Indian journal of veterinary science and animal husbandry - Volume 12,
Year: 1942
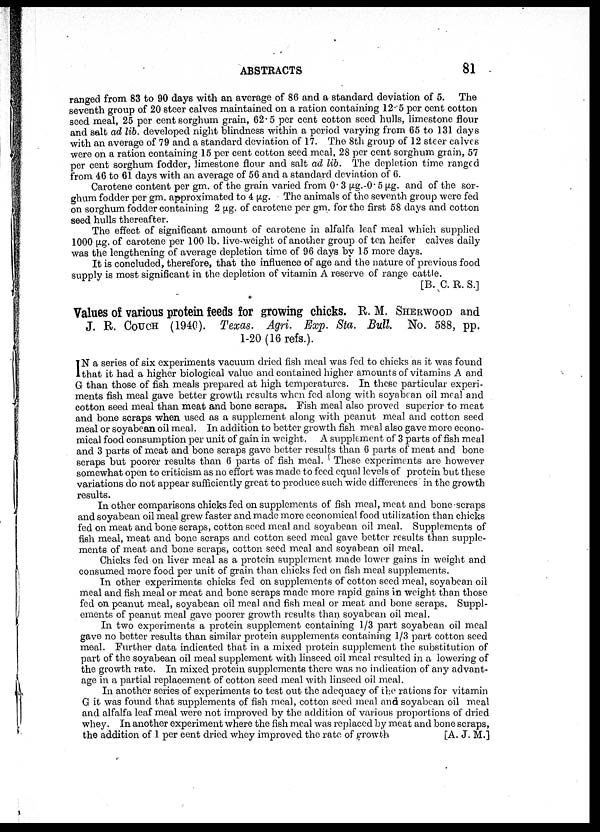
ABSTRACTS
81
ranged from 83 to 90 days with an average of 86 and a standard deviation of 5. The
seventh group of 20 steer calves maintained on a ration containing 12.5 per cent cotton
seed meal, 25 per cent sorghum grain, 62.5 per cent cotton seed hulls, limestone flour
and salt ad lib. developed night blindness within a period varying from 65 to 131 days
with an average of 79 and a standard deviation of 17. The 8th group of 12 steer calves
were on a ration containing 15 per cent cotton seed meal, 28 per cent sorghum grain, 57
per cent sorghum fodder, limestone flour and salt ad lib. The depletion time ranged
from 46 to 61 days with an average of 56 and a standard deviation of 6.
Carotene content per gm. of the grain varied from 0.3 µg.-0.5 fig. and of the sor-
ghum fodder per gm. approximated to 4 µg. The animals of the seventh group were fed
on sorghum fodder containing 2 µg. of carotene per gm. for the first 58 days and cotton
seed hulls thereafter.
The effect of significant amount of carotene in alfalfa leaf meal which supplied
1000 µg. of carotene per 100 lb. live-weight of another group of ten heifer calves daily
was the lengthening of average depletion time of 96 days by 15 more days.
It is concluded, therefore, that the influence of age and the nature of previous food
supply is most significant in the depletion of vitamin A reserve of range cattle.
[B. C. R. S.]
Values of various protein feeds for growing chicks. R. M. SHERWOOD and
J. R. COUCH (1940). Texas. Agri. Exp. Sta. Bull. No. 588, pp.
1-20 (16 refs.).
I N a series of six experiments vacuum dried fish meal was fed to chicks as it was found
that it had a higher biological value and contained higher amounts of vitamins A and
G than those of fish meals prepared at high temperatures. In these particular experi-
ments fish meal gave better growth results when fed along with soyabean oil meal and
cotton seed meal than meat and bone scraps. Fish meal also proved superior to meat
and bone scraps when used as a supplement along with peanut meal and cotton seed
meal or soyabean oil meal. In addition to better growth fish meal also gave more econo-
mical food consumption per unit of gain in weight. A supplement of 3 parts of fish meal
and 3 parts of meat and bone scraps gave better results than 6 parts of meat and bone
scraps but poorer results than 6 parts of fish meal. These experiments are however
somewhat open to criticism as no effort was made to feed equal levels of protein but these
variations do not appear sufficiently great to produce such wide differences in the growth
results.
In other comparisons chicks fed on supplements of fish meal, meat and bone scraps
and soyabean oil meal grew faster and made more economical food utilization than chicks
fed on meat and bone scraps, cotton seed meal and soyabean oil meal. Supplements of
fish meal, meat and bone scraps and cotton seed meal gave better results than supple-
ments of meat and bone scraps, cotton seed meal and soyabean oil meal.
Chicks fed on liver meal as a protein supplement made lower gains in weight and
consumed more food per unit of grain than chicks fed on fish meal supplements.
In other experiments chicks fed on supplements of cotton seed meal, soyabean oil
meal and fish meal or meat and bone scraps made more rapid gains in weight than those
fed on peanut meal, soyabean oil meal and fish meal or meat and bone scraps. Suppl-
ements of peanut meal gave poorer growth results than soyabean oil meal.
In two experiments a protein supplement containing 1/3 part soyabean oil meal
gave no better results than similar protein supplements containing 1/3 part cotton seed
meal. Further data indicated that in a mixed protein supplement the substitution of
part of the soyabean oil meal supplement with linseed oil meal resulted in a lowering of
the growth rate. In mixed protein supplements there was no indication of any advant-
age in a partial replacement of cotton seed meal with linseed oil meal.
In another series of experiments to test out the adequacy of the rations for vitamin
G it was found that supplements of fish meal, cotton seed meal and soyabean oil meal
and alfalfa leaf meal were not improved by the addition of various proportions of dried
whey. In another experiment where the fish meal was replaced by meat and bone scraps,
the addition of 1 per cent dried whey improved the rate of growth
[A. J. M.]